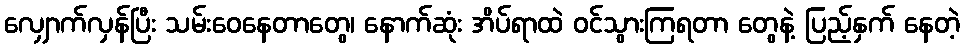
လျှောက်လှန်ပြီး သမ်းဝေနေတာတွေ၊ နောက်ဆုံး အိပ်ရာထဲ ဝင်သွားကြရတာ တွေနဲ့ ပြည့်နှက် နေတဲ့